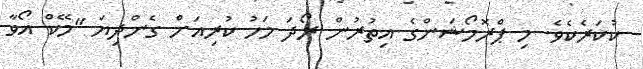
ކުކަރެކެވެ. މި ޕްރޮމޯޝަންގެ އިތުރުން ރޯދަ މަހު ކުރިއަށް ގެންދިޔަ "މޭކް އޯވާ